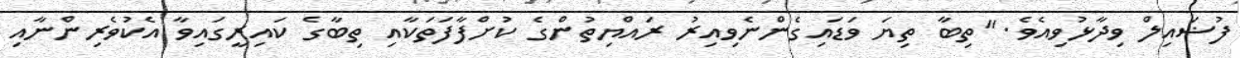
ފުޟައިލް ވިދާޅުވިއެވެ. "ތިބާ ތިޔަ ވަޑައިގެންނެވިއިރު ރައްޔިތުންގެ ކުށްފާފަތަކާއި ތިބާގެ ކައިރީގައިވާ އެކުވެރިންނާއި